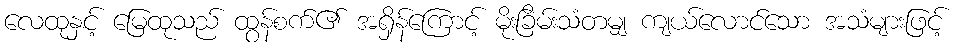
လေထုနှင့် မြေထုသည် ထွန်စက်၏ အရှိန်ကြောင့် မိုးခြိမ်းသံတမျှ ကျယ်လောင်သော အသံများဖြင့်